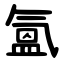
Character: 氳